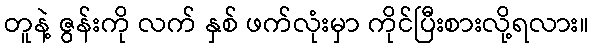
တူနဲ့ ဇွန်းကို လက် နှစ် ဖက်လုံးမှာ ကိုင်ပြီးစားလို့ရလား။